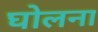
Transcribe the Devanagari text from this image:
घोलना